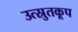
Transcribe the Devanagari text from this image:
उत्स्रुतकूप